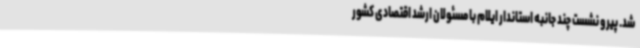
شد. پیرو نشست چند جانبه استاندار ایلام با مسئولان ارشد اقتصادی کشور